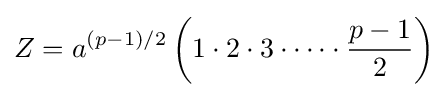
Z=a^{(p-1)/2}\left(1\cdot 2\cdot 3\cdot \cdots \cdot {\frac {p-1}{2}}\right)